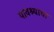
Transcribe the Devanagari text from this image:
पावश्याचा